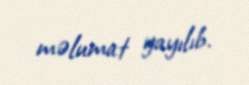
məlumat yayılıb.